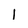
Character: l